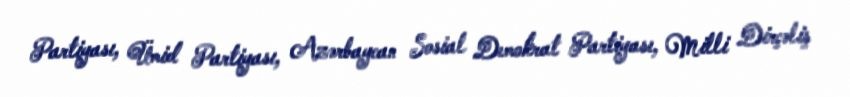
Partiyası, Ümid Partiyası, Azərbaycan Sosial Demokrat Partiyası, Milli Dirçəliş